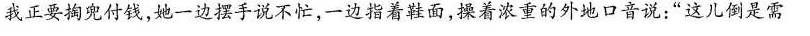
我正要兜付钱，她一边摆手说不忙，一边指着面，操着浓重的外地口音说：”这儿倒是需